Leaving Certificate Examination (including Day School Certificate (Higher) General paper), 1926
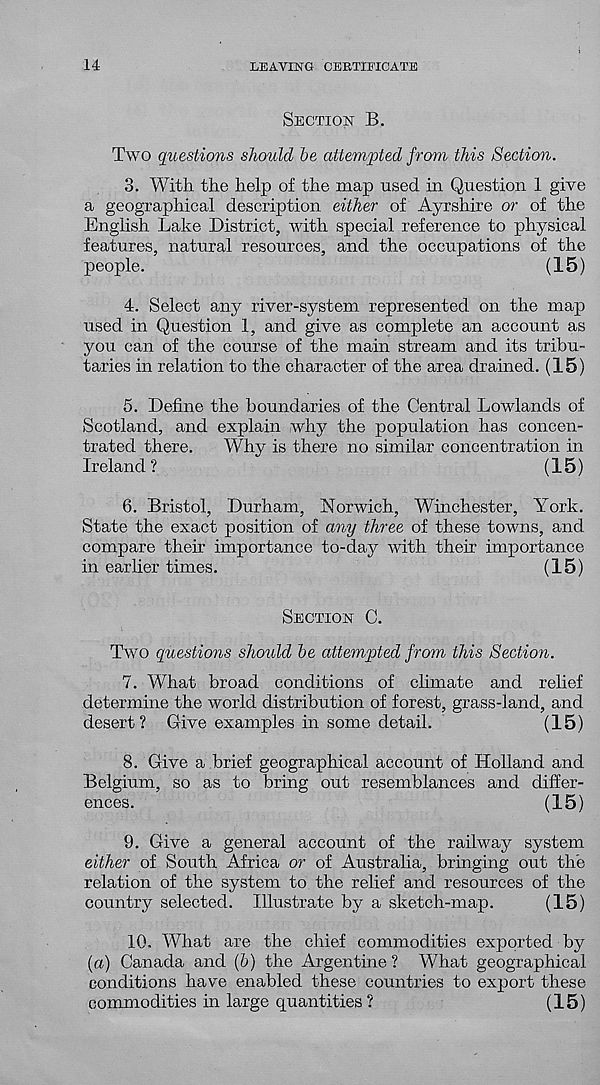
14
LEAVING CERTIFICATE
SECTION B.
Two questions should he attempted from this Section.
3. With the help of the map used in Question 1 give
a geographical description either of Ayrshire or of the
English Lake District, with special reference to physical
features, natural resources, and the occupations of the
people.
(15)
4. Select any river-system represented on the map
used in Question 1, and give as complete an account as
you can of the course of the main stream and its tribu-
taries in relation to the character of the area drained. (15)
5. Define the boundaries of the Central Lowlands of
Scotland, and explain why the population has concen-
trated there.
Why is there no similar concentration in
Ireland ?
(15)
6. Bristol, Durham, Norwich, Winchester, York.
State the exact position of any three of these towns, and
compare their importance to-day with their importance
in earlier times.
(15)
SECTION C.
Two questions should he attempted from this Section.
7. What broad conditions of climate and relief
determine the world distribution of forest, grass-land, and
desert? Give examples in some detail.
(15)
8. Give a brief geographical account of Holland and
Belgium, so as to bring out resemblances and difier-
ences.
(15)
9. Give a general account of the railway system
either of South Africa or of Australia, bringing out the
relation of the system to the relief and resources of the
country selected. Illustrate by a sketch-map.
(15)
10. What are the chief commodities exported by
(a) Canada and (6) the Argentine ? What geographical
conditions have enabled these countries to export these
commodities in large quantities ?
(15)